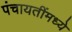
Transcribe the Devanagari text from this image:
पंचायतींमध्ये